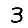
Digit: 3